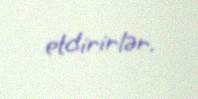
etdirirlər.